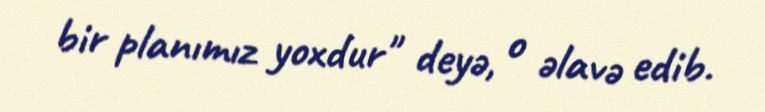
bir planımız yoxdur" deyə, o əlavə edib.